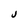
Character: J